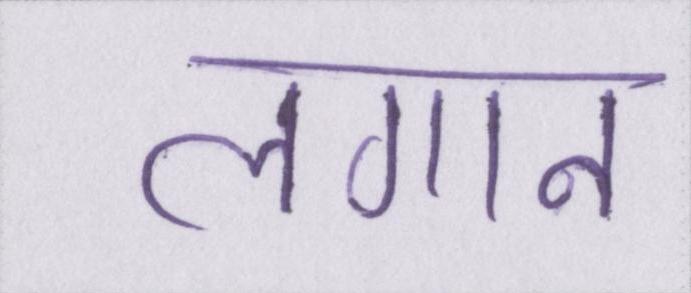
लगान